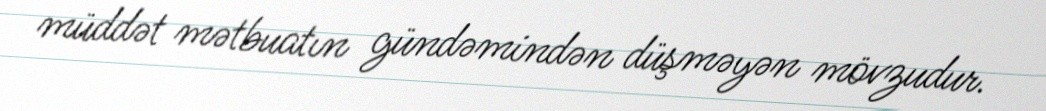
müddət mətbuatın gündəmindən düşməyən mövzudur.